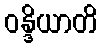
ဝန္ဒိယာတိ